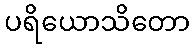
ပရိယောသိတော